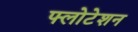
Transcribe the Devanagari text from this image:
फ्लोटेशन